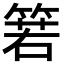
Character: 箬